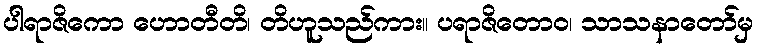
ပါရာဇိကော ဟောတီတိ၊ တိဟူသည်ကား။ ပရာဇိတောဝ၊ သာသနာတော်မှ